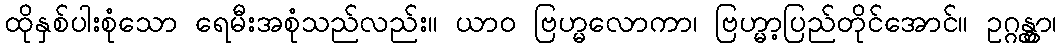
ထိုနှစ်ပါးစုံသော ရေမီးအစုံသည်လည်း။ ယာဝ ဗြဟ္မလောကာ၊ ဗြဟ္မာ့ပြည်တိုင်အောင်။ ဥဂ္ဂန္တွာ၊